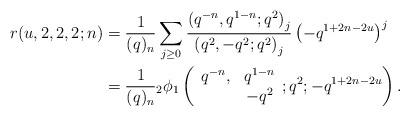
LaTeX: \begin{align*}r(u, 2, 2, 2; n) &= \frac1{(q)_n}\sum_{j\geq 0}\frac{\left(q^{-n}, q^{1-n}; q^2\right)_j}{\left(q^2, -q^2; q^2\right)_j}\left(-q^{1+2n-2u}\right)^j \\& = \frac{1}{(q)_n} {}_2 \phi_1 \left(\begin{array}{cc} q^{-n}, & q^{1-n} \\ & -q^2 \end{array}; q^2; -q^{1+2n-2u} \right). \end{align*}